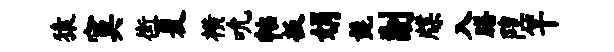
猿寞街夏横吮帖扳娟髭副牒入膳隍竿